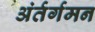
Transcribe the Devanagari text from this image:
अंर्तर्गमन